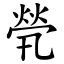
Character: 煢